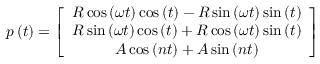
p \left( t \right) = \left[ \begin{array} { c } { R \cos \left( \omega t \right) \cos \left( t \right) - R \sin \left( \omega t \right) \sin \left( t \right) } \\ { R \sin \left( \omega t \right) \cos \left( t \right) + R \cos \left( \omega t \right) \sin \left( t \right) } \\ { A \cos \left( n t \right) + A \sin \left( n t \right) } \end{array} \right]